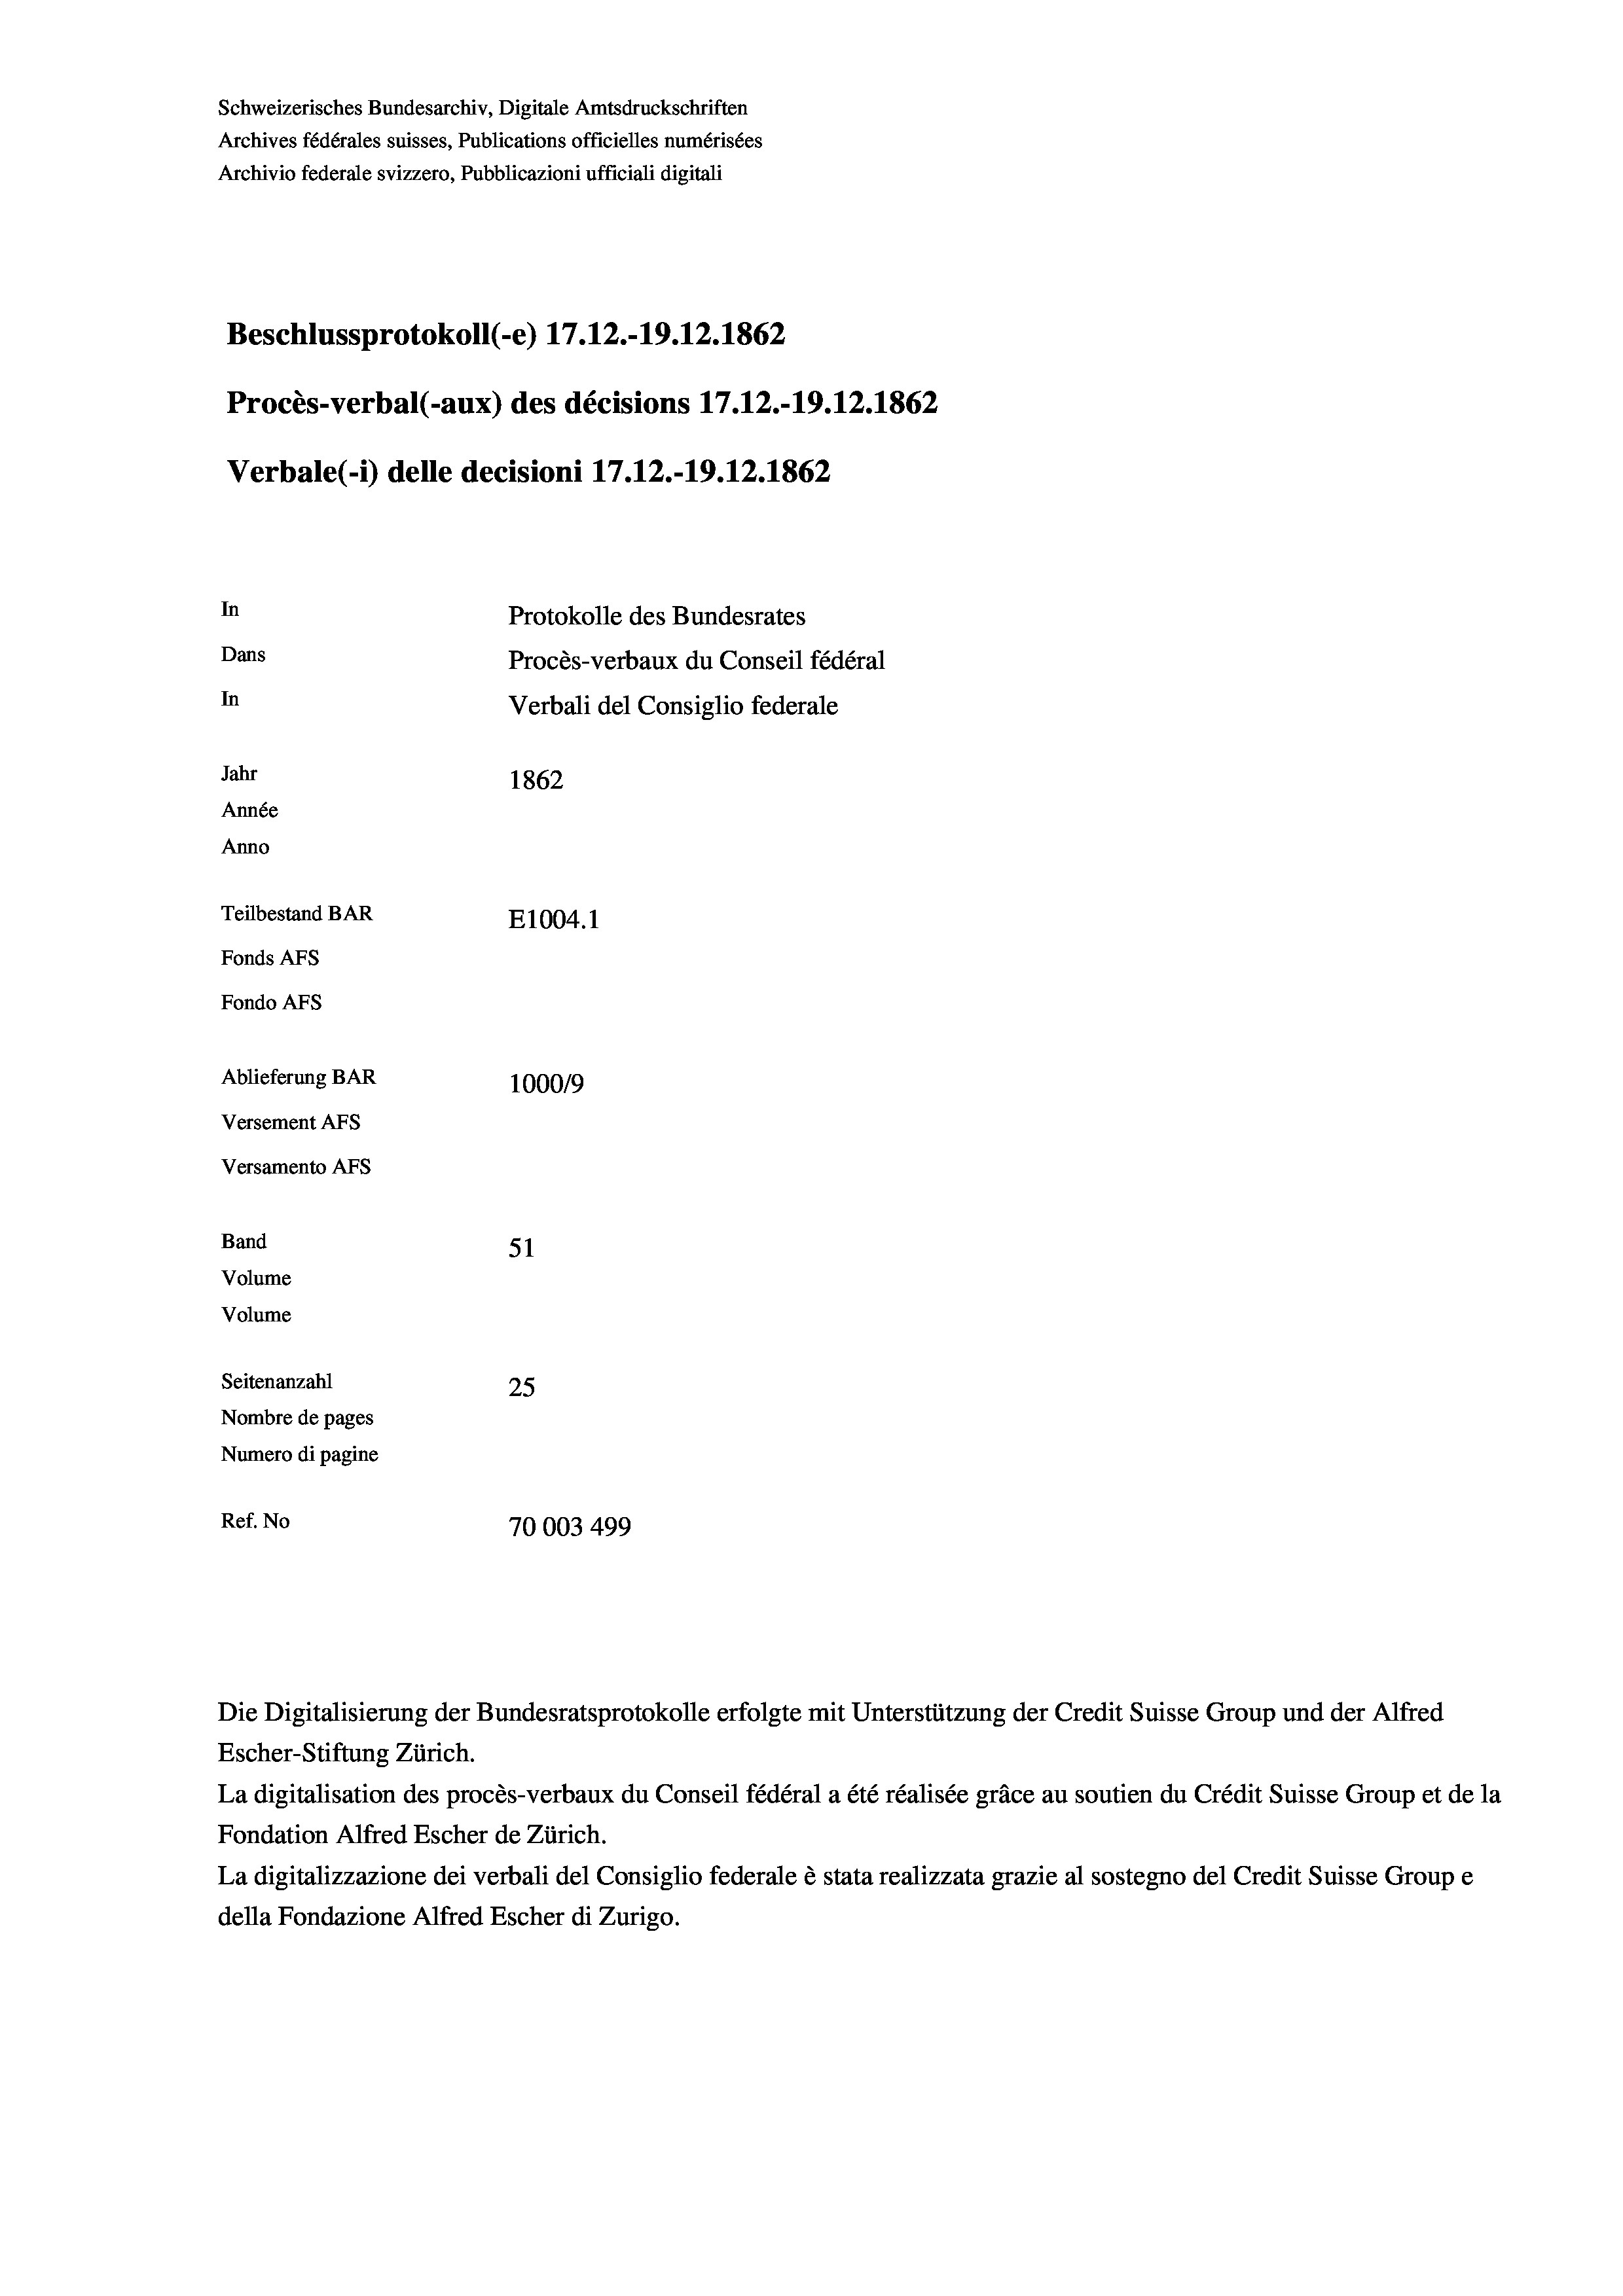
Schweizerisches Bundesarchiv, Digitale Amtsdruckschriften
Archives fédérales suisses, Publications officielles numérisées
Archivio federale svizzero, Pubblicazioni ufficiali digitali
Beschlussprotokoll (-e) 17.12.-19.12. 1862
Procès-verbal (-aux) des décisions 17.12.-19.12.1862
Verbale(-*) delle decisioni 17.12.-19.12.1862
In
Protokolle des Bundesrates
Dans
Procès-verbaux du Conseil fédéral
In
Verbali del Consiglio federale
Jahr
1862
Année
Anno
Teilbestand BAR
E1004. 1
Fonds AFs
Fondo AFs
Ablieferung BAR
100019
Versement AFs
Versamento AFs
Band
51
Volume
Volume

Seitenanzahl
25
Nombre de pages
Numero di pagine
Ref. No
70003 499

Escher-Stiftung Zürich.
La digitalisation des procès-verbaux du Conseil fédéral a été réalisée gräce au soutien du Crédit Suisse Group et de la
Fondation Alfred Escher de Zürich.
La digitalizzazione dei verbali del Consiglio federale è stata realizzata grazie al sostegno del Credit Suisse Groupe
della Fondazione Alfred Escher di Zurigo.

Die Digitalisierung der Bundesratsprotokolle erfolgte mit Unterstützung der Credit Suisse Group und der Alfred